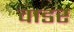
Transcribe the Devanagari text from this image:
वाडर